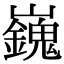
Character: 𡾾